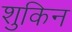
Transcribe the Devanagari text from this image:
शुकिन